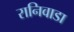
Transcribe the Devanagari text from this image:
रानिवाडा